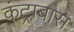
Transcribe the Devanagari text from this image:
कंट्राबास